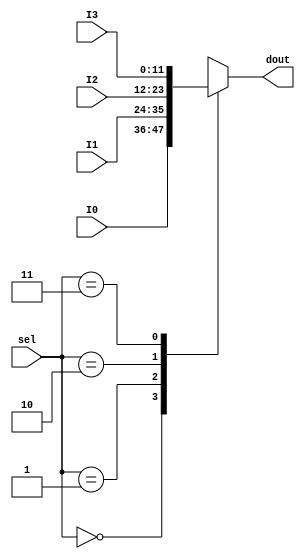
`timescale 1ns / 1ps
//////////////////////////////////////////////////////////////////////////////////
// Company: 
// Engineer: 
// 
// Design Name: 
// Module Name: mux12_4
// Project Name: 
// Target Devices: 
// Tool Versions: 
// Description: 
// 
// Dependencies: 
// 
// Revision:
// Revision 0.01 - File Created
// Additional Comments:
// 
//////////////////////////////////////////////////////////////////////////////////


module mux12_4(sel, I0, I1, I2, I3, dout);
    input [1:0] sel;
    input [11:0] I0, I1, I2, I3;
    output reg [11:0] dout;
    
    always@(sel or I0 or I1 or I2 or I3)begin
        case(sel)
            2'b00: dout = I0;
            2'b01: dout = I1;
            2'b10: dout = I2;
            2'b11: dout = I3;
        endcase
    end
endmodule